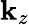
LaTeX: \mathbf{k}_{z}